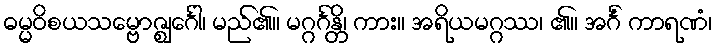
ဓမ္မဝိစယသမ္ဗောဇ္ဈင်္ဂေါ၊ မည်၏။ မဂ္ဂင်္ဂန္တိ၊ ကား။ အရိယမဂ္ဂဿ၊ ၏။ အင်္ဂံ ကာရဏံ၊